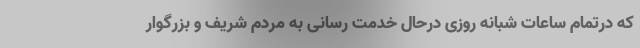
که درتمام ساعات شبانه روزی درحال خدمت رسانی به مردم شریف و بزرگوار